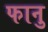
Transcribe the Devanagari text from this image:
फानु